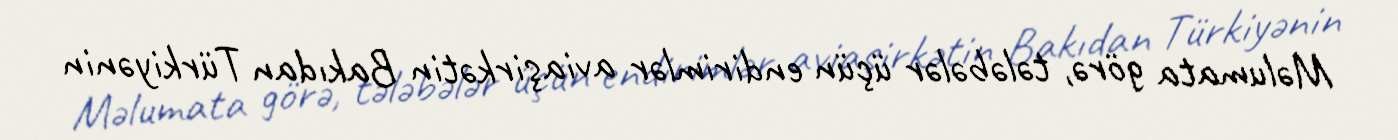
Məlumata görə, tələbələr üçün endirimlər aviaşirkətin Bakıdan Türkiyənin